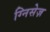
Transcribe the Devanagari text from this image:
ग्निसेज़